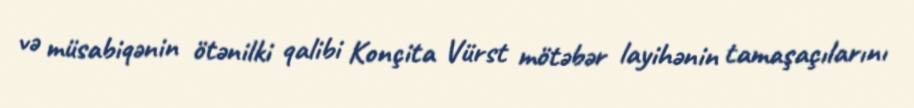
və müsabiqənin ötənilki qalibi Konçita Vürst mötəbər layihənin tamaşaçılarını